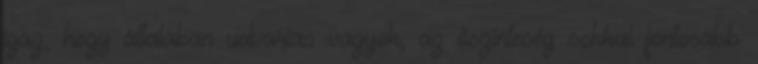
igaz, hogy általában udvarias vagyok, az őszinteség sokkal fontosabb